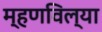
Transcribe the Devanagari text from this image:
म्हणविल्या